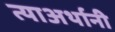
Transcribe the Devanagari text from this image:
त्याअर्थानी